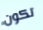
تكون